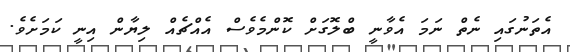
އެތަނުގައި ނެތް ނަމަ އެވާނީ ބްލޮގަށް ކޮންމެވެސް އެއްޗެއް ލިޔާން އިނީ ކަމަށެވެ.